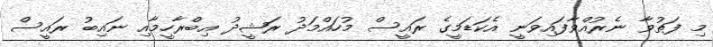
މި ފަތުވާ ނެރުއްވާފައިވަނީ އެކަޑަމީގެ ރައީސް މުހައްމަދު ރަޝީދު އިބްރާހީމާއި ނައިބު ރައީސް